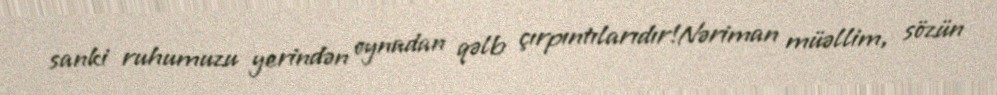
sanki ruhumuzu yerindən oynadan qəlb çırpıntılarıdır!Nəriman müəllim, sözün